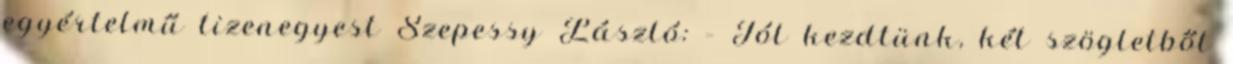
egyértelmű tizenegyest Szepessy László: – Jól kezdtünk, két szögletből